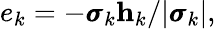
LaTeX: e_{k}=-\pmb{\sigma}_{k}\mathbf h_{k}/|\pmb{\sigma}_{k}|,